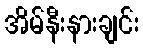
အိမ်နီးနားချင်း